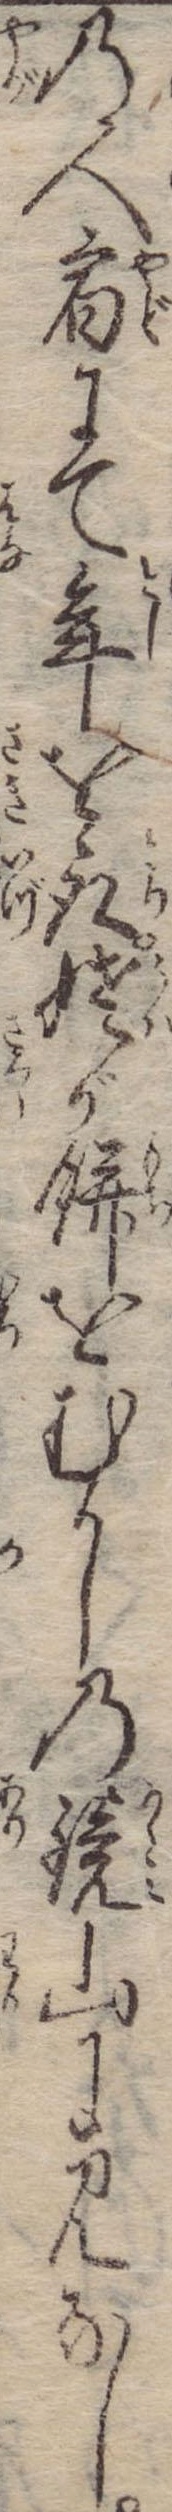
の人宿にて年を取姥が餅をむかしの鏡山に見なし